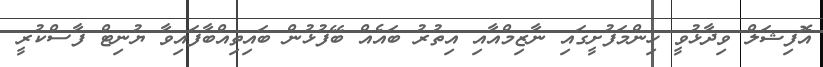
އޮފިޝަލް ވިދާޅުވީ ހިންމަފުށީގައި ނާޒިމްއާއި އިތުރު ބައެއް ބޭފުޅުން ބައިތިއްބާފައިވާ ޔުނިޓް ފާސްކުރީ